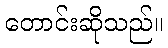
တောင်းဆိုသည်။